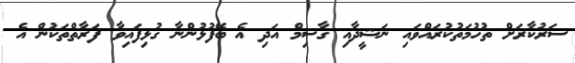
ސަރުކާރަށް ތުހުމަތުކުރައްވައި ނަޝީދާއި ގާސިމް އަދި އެ ބޭފުޅުންނާ ގުޅިފައިވާ ފަރާތްތަކުން އެ